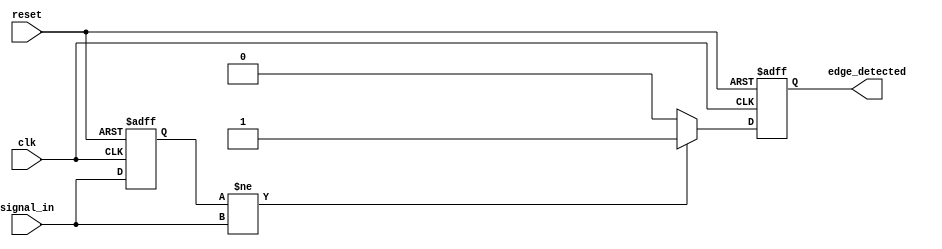
module dual_edge_detector (
    input wire clk,         // Clock signal
    input wire reset,       // Asynchronous reset signal
    input wire signal_in,   // Input signal to detect edges
    output reg edge_detected // Output signal for edge detection
);

    // Register to store the previous state of the input signal
    reg signal_in_prev;

    // Process block triggered on the clock edge
    always @(posedge clk or posedge reset) begin
        if (reset) begin
            // Initialize states on reset
            signal_in_prev <= 1'b0; // Reset previous signal state
            edge_detected <= 1'b0;   // Reset edge detected output
        end else begin
            // Check for rising or falling edge
            if (signal_in_prev != signal_in) begin
                edge_detected <= 1'b1; // Edge detected
            end else begin
                edge_detected <= 1'b0; // No edge detected
            end
            // Update previous state with the current state
            signal_in_prev <= signal_in;
        end
    end
endmodule